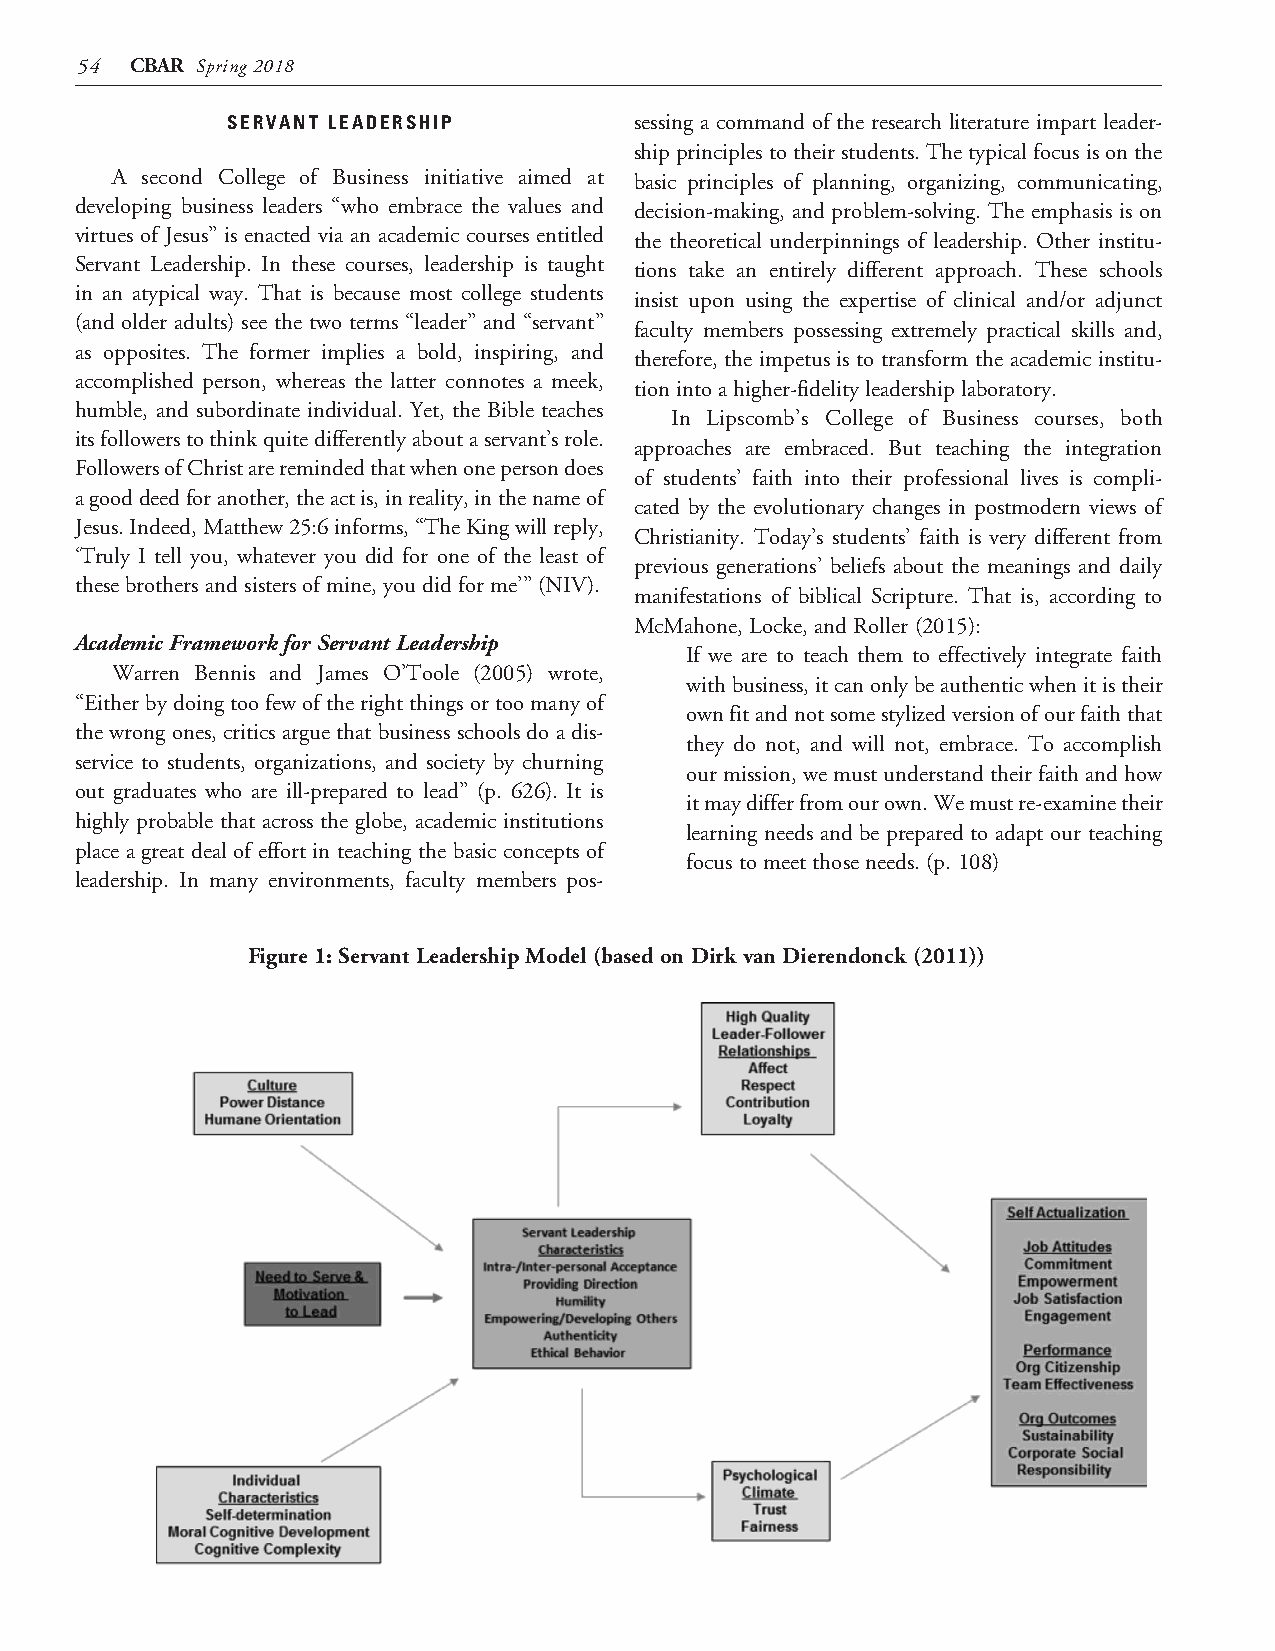
54  CBAR Spring 2018
 SERVANT LEADERSHIP         sessing a command of the research literature impart leader-
 ship principles to their students. The typical focus is on the
 A second College of Business initiative aimed at basic principles of planning, organizing, communicating,
 developing business leaders “who embrace the values and decision-making, and problem-solving. The emphasis is on
 virtues of Jesus” is enacted via an academic courses entitled the theoretical underpinnings of leadership. Other institu-
 Servant Leadership. In these courses, leadership is taught tions take an entirely different approach. These schools
 in an atypical way. That is because most college students
 insist upon using the expertise of clinical and/or adjunct
 (and older adults) see the two terms “leader” and “servant”
 faculty members possessing extremely practical skills and,
 as opposites. The former implies a bold, inspiring, and
 therefore, the impetus is to transform the academic institu-
 accomplished person, whereas the latter connotes a meek,
 tion into a higher-fidelity leadership laboratory.
 humble, and subordinate individual. Yet, the Bible teaches
 In Lipscomb’s College of Business courses, both
 its followers to think quite differently about a servant’s role.
 approaches are embraced. But teaching the integration
 Followers of Christ are reminded that when one person does
 of students’ faith into their professional lives is compli-
 a good deed for another, the act is, in reality, in the name of
 cated by the evolutionary changes in postmodern views of
 Jesus. Indeed, Matthew 25:6 informs, “The King will reply,
 Christianity. Today’s students’ faith is very different from
 ‘Truly I tell you, whatever you did for one of the least of
 previous generations’ beliefs about the meanings and daily
 these brothers and sisters of mine, you did for me’” (NIV).
 manifestations of biblical Scripture. That is, according to
 McMahone, Locke, and Roller (2015):
 Academic Framework for Servant Leadership
 If we are to teach them to effectively integrate faith
 Warren Bennis and James O’Toole (2005) wrote,
 with business, it can only be authentic when it is their
 “Either by doing too few of the right things or too many of
 own fit and not some stylized version of our faith that
 the wrong ones, critics argue that business schools do a dis-
 they do not, and will not, embrace. To accomplish
 service to students, organizations, and society by churning
 our mission, we must understand their faith and how
 out graduates who are ill-prepared to lead” (p. 626). It is
 it may differ from our own. We must re-examine their
 highly probable that across the globe, academic institutions
 learning needs and be prepared to adapt our teaching
 place a great deal of effort in teaching the basic concepts of
 focus to meet those needs. (p. 108)
 leadership. In many environments, faculty members pos-
 Figure 1: Servant Leadership Model (based on Dirk van Dierendonck (2011))